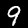
Digit: 9